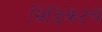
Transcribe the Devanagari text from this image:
सिंडिकेटचे